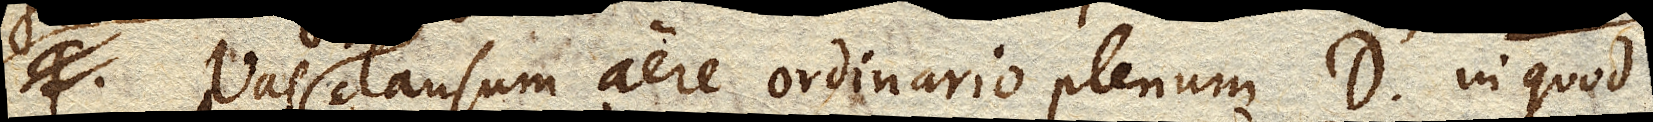
Vas clausum aere ordinario plenum D in quod